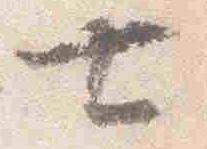
七